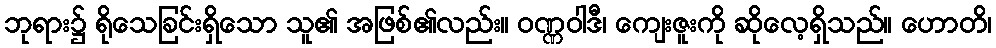
ဘုရား၌ ရိုသေခြင်းရှိသော သူ၏ အဖြစ်၏လည်း။ ဝဏ္ဏဝါဒီ၊ ကျေးဇူးကို ဆိုလေ့ရှိသည်။ ဟောတိ၊